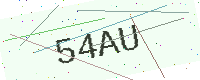
Text: 54AU